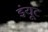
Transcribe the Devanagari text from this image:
इंयूट